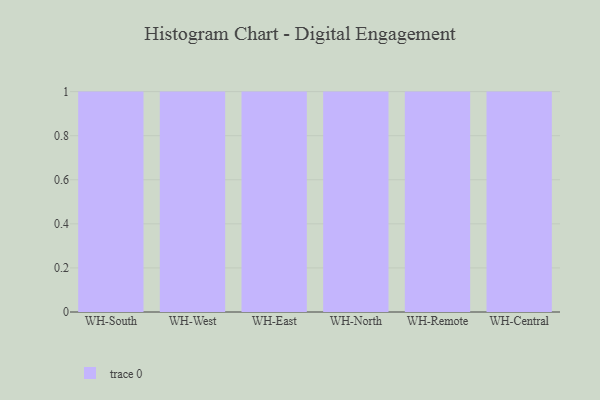
{"axis": {"x": "Warehouse", "y": "Market Share (%)"}, "legend": [""], "data": [{"x": "WH-South", "y": 37, "type": ""}, {"x": "WH-West", "y": 69, "type": ""}, {"x": "WH-East", "y": 62, "type": ""}, {"x": "WH-North", "y": 16, "type": ""}, {"x": "WH-Remote", "y": 95, "type": ""}, {"x": "WH-Central", "y": 28, "type": ""}]}